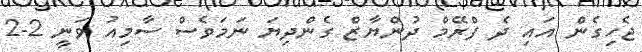
ޖެހިގެން އައި ދެ ފްރޭމް ދުންޔާޒް ގެންދިޔަ ނަމަވެސް ސާމިއު ވަނީ 2-2